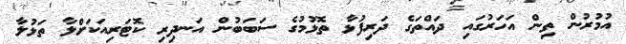
އުމުރުން ތިން އަހަރުގައި ދައްތަގެ ދަރިފުޅާ ތޮޅުމުގެ ސަބަބުން އަނދިރި ކޮޓަރިއަކަށްލާ ތަޅުލާ